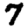
Digit: 7